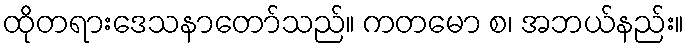
ထိုတရားဒေသနာတော်သည်။ ကတမော စ၊ အဘယ်နည်း။